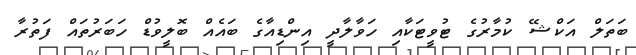
ބަތަލް އަކްޝޭ ކުމާރުގެ ޓުވީޓަކާއި ހަވާލާދީ އިންޑިއާގެ ބައެއް ބޮލީވުޑް ހަބަރުތައް ފަތުރާ